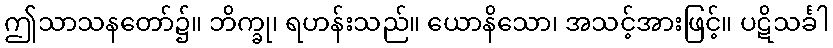
ဤသာသနတော်၌။ ဘိက္ခု၊ ရဟန်းသည်။ ယောနိသော၊ အသင့်အားဖြင့်။ ပဋိသင်္ခါ